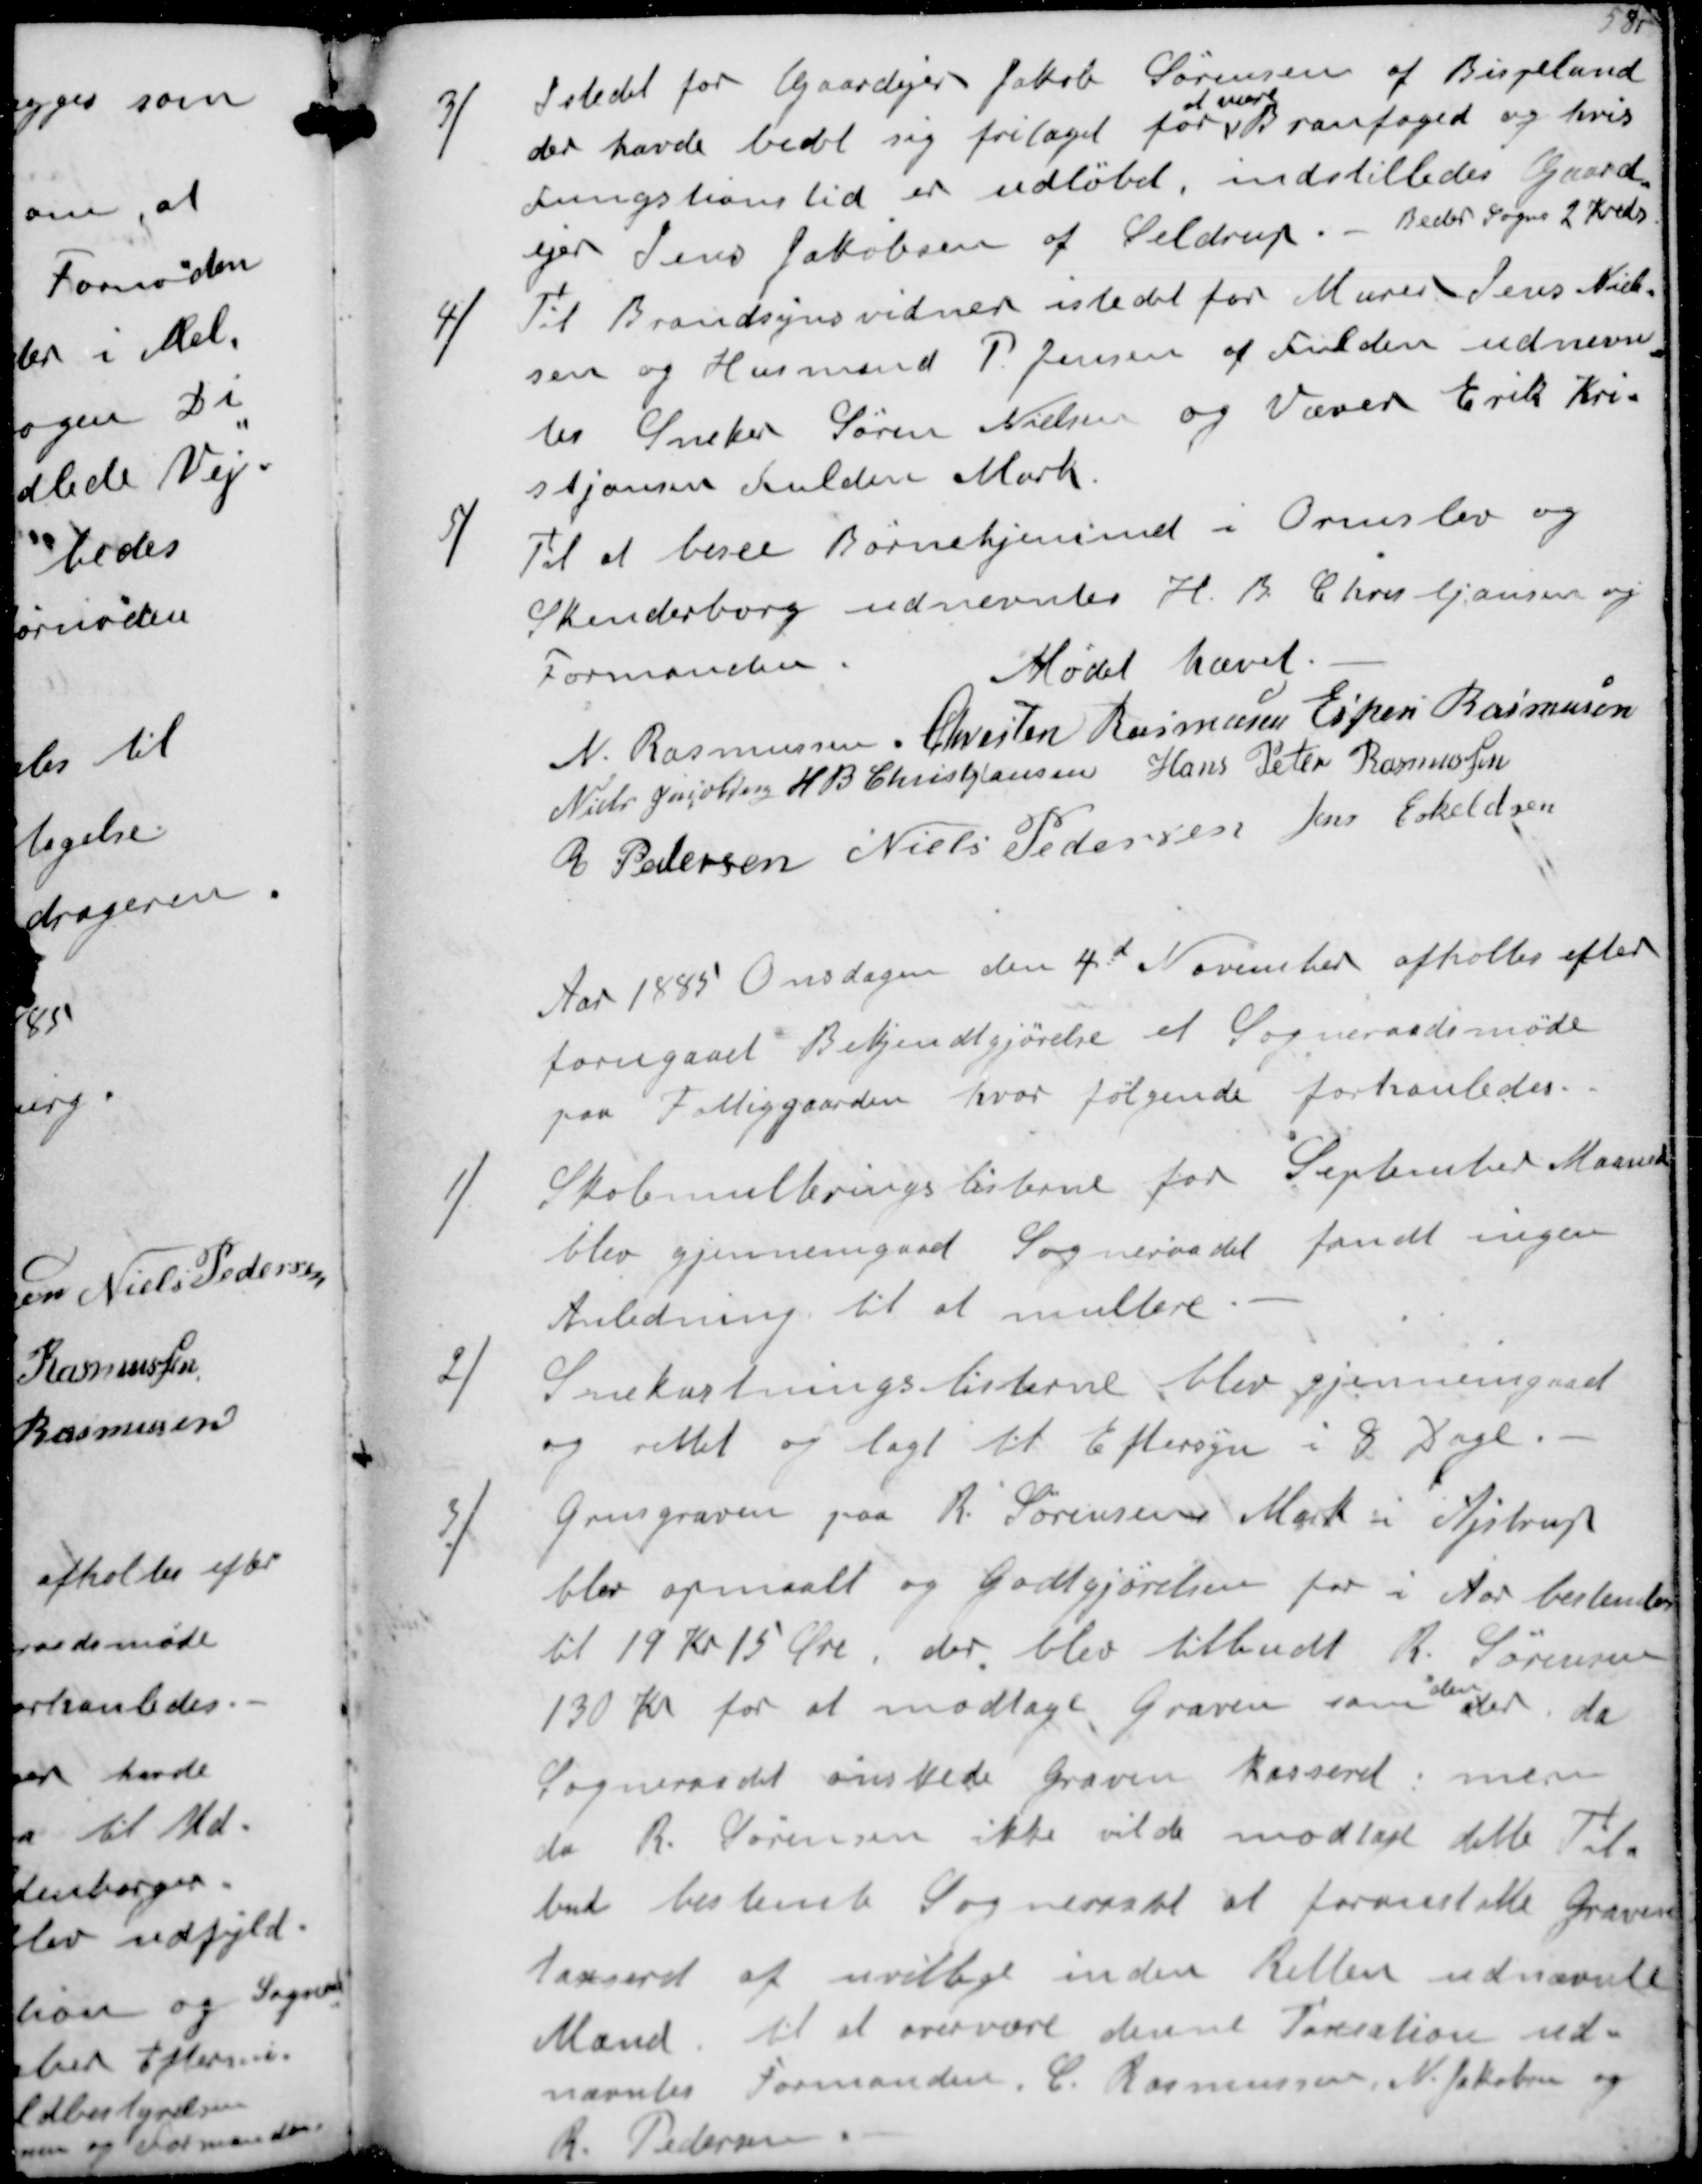
Transskription:
3/
I stedet for Gaardejer Jakob Sørensen af Bispelund
der havde bedt sig fritaget for
at være
Branfoged og hvis
Fungstionstid er udløbet, indstilledes Gaard-
ejer Jens Jakobsen af Seldrup.- Beder Sogns 2 Kreds
4/
Til Brandsynsvidner istedet for Murer Jens Niel-
sen og Husmand P.Jensen af Fulden udnevne-
des Sneker Søren Nielsen og Væver Erik Kri-
stjansen Fulden Mark
5/
Til at besee Børnehjemmet i Ormslev og
Skanderborg udnevntes H.B Christjansen og
Formanden
Mødet hævet
N. Rasmussen
Chresten Rasmussen
Espen Rasmussen
Niels Jacobsen
H B Christjansen
Hans Peter Rasmussen
R Pedersen
Niels Pedersen
Jens Eskeldsen
Aar 1885 Onsdagen den 4d November afholtes efter
forugaaet Bekjendtgjørelse et Sogneraadsmøde
paa Fattiggaarden hvor følgende forhanledes.
1/
Skolemulteringslisterne for September Maaned
blev gjennemgaaet Sogneraadet fandt ingen
Anledning til at multere
2/
Snekastningslisterne blev gjennemgaaet
og rettet og lagt til Eftersyn i 8 Dage
3/
Grusgraven paa R. Sørensens Mark i Ajstrup
blev opmaalt og Godtgjørelsen for i Aar bestemtes
til 19 Kr 15 Øre der blev tilbudt R. Sørensen
130 Kr for at modtage Graven som
den
er, da
Sogneråadet ønskede Graven kasseret, men
da R. Sørensen ikke vilde modtage dette Til-
bud bestemte Sogneraadet at foranstalte Graven
taxseret af uvillige inden Retten udnævnte
Mænd, til at overvære denne Taxsation ud-
nævntes Formanden. C. Rasmussen, N. Jakobsen og
R Pedersen